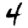
Digit: 4